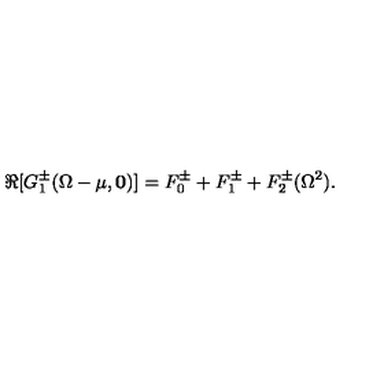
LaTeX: \Re [ G _ { 1 } ^ { \pm } ( \Omega - \mu , { \mathbf 0 } ) ] = F _ { 0 } ^ { \pm } + F _ { 1 } ^ { \pm } + F _ { 2 } ^ { \pm } ( \Omega ^ { 2 } ) .